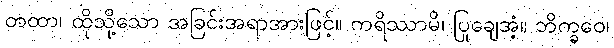
တထာ၊ ထိုသို့သော အခြင်းအရာအားဖြင့်။ ကရိဿာမိ၊ ပြုချေအံ့။ ဘိက္ခဝေ၊